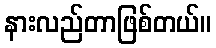
နားလည်တာဖြစ်တယ်။